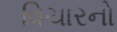
વિચારનો